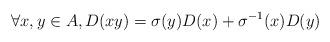
LaTeX: \begin{align*} \forall x, y \in A, D(xy) = \sigma(y)D(x) + \sigma^{-1}(x)D(y)\end{align*}